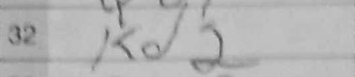
Transcription: Kd2